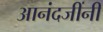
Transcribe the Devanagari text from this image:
आनंदजींनी